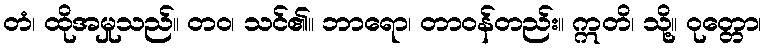
တံ၊ ထိုအမှုသည်။ တဝ၊ သင်၏။ ဘာရော၊ တာဝန်တည်း။ ဣတိ၊ သို့။ ဝုတ္တော၊